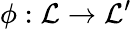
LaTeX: \phi:{\mathcal{L}}\to{\mathcal{L}}^{\prime}